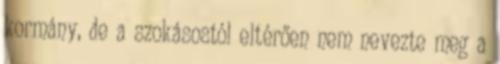
kormány, de a szokásostól eltérően nem nevezte meg a